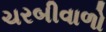
ચરબીવાળો